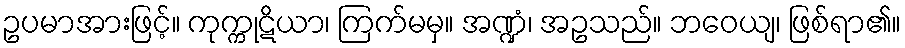
ဥပမာအားဖြင့်။ ကုက္ကုဋိယာ၊ ကြက်မမှ။ အဏ္ဍံ၊ အဥသည်။ ဘဝေယျ၊ ဖြစ်ရာ၏။